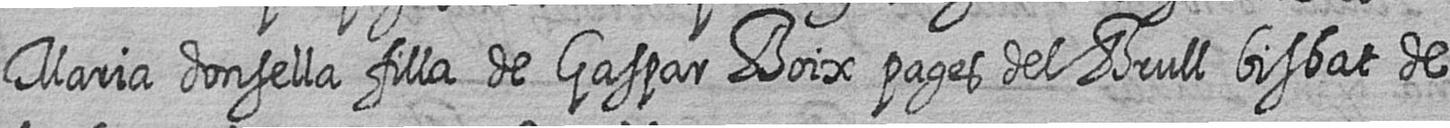
Maria donsella filla de Gaspar Boix pages del Brull bisbat de